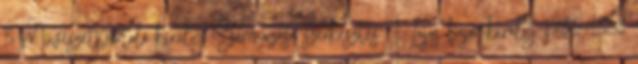
3 Művészetpártoló király Származása szerkesztés I. Lajos bajor király 1786–1868